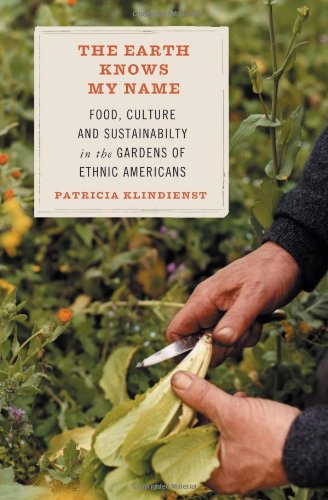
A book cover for The Earth Knows My Name: Food, Culture, and Sustainability in the Gardens of Ethnic Americans; Patricia Klindienst; Crafts, Hobbies & Home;